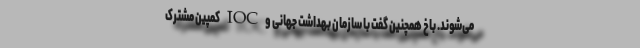
می‌شوند‌. باخ همچنین گفت با سازمان بهداشت جهانی و IOC کمپین مشترک